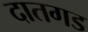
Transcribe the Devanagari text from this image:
दातगड